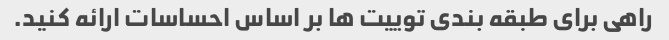
راهی برای طبقه بندی توییت ها بر اساس احساسات ارائه کنید.